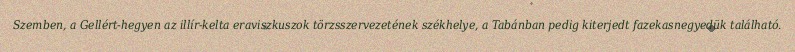
Szemben, a Gellért-hegyen az illír-kelta eraviszkuszok törzsszervezetének székhelye, a Tabánban pedig kiterjedt fazekasnegyedük található.